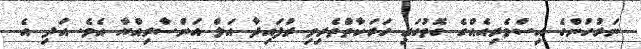
ނަރުހުންގެ އިސްވެރިއެއްގެ ގޮތުގައި ހަރަކާތްތެރިވި ރުފައިދާ އަލް އަންސާރިއްޔާ އެވެ. އަދި އެ